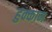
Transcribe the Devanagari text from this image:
हुक्काम